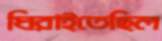
ঘিরাইতেছিল